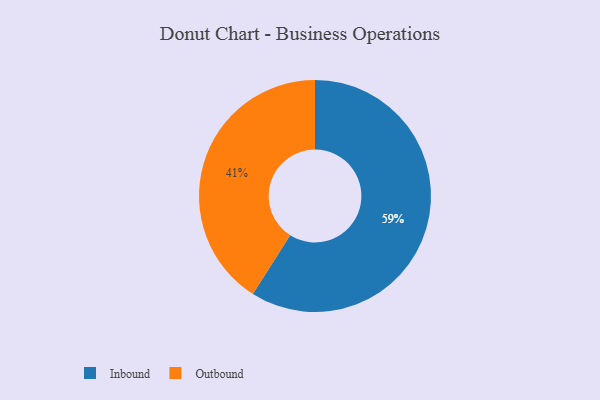
{"axis": {"x": "Category", "y": "Percentage"}, "legend": ["Inbound", "Outbound"], "data": [{"x": "Outbound", "y": 41, "type": "Outbound"}, {"x": "Inbound", "y": 59, "type": "Inbound"}]}